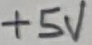
Text: +5V